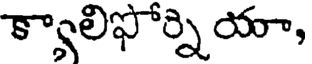
క్యాలిఫోర్ని యా,